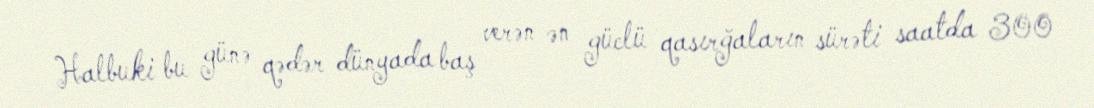
Halbuki bu günə qədər dünyada baş verən ən güclü qasırğaların sürəti saatda 300